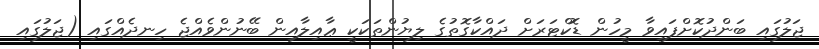
ޖަލުގައި ބަންދުކޮށްފައިވާ މީހުން ޑޮކްޓަރަށް ދައްކާގޮތުގެ ލިޔުންތަކަކީ ޢާއިލާއިން ބޭނުންވެއްޖެ ހިނދެއްގައި (ޖަލުގައި